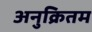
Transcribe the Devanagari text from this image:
अनुक्रितम